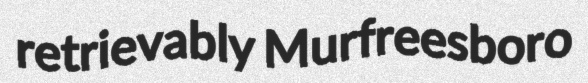
retrievably Murfreesboro